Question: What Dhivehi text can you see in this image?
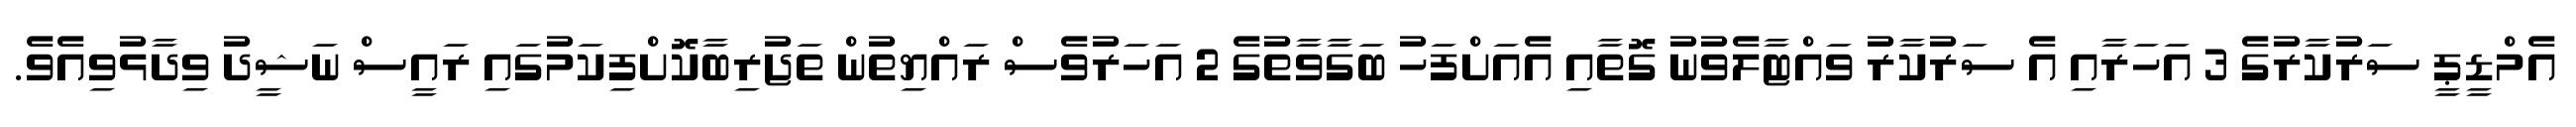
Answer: އެމްޑީޕީ ސަރުކާރުގެ 3 އަހަރާއި އެ ސަރުކާރު ވައްޓާލެވުނު ގޮތާއި އެއަށްފަހު ބަގާވާތުގެ 2 އަހަރުވެސް ރައްޔިތުން ތަޖުރިބާކޮށްފިކަމުގައި ރައީސް ނަޝީދު ވިދާޅުވިއެވެ.